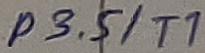
Text: P3.5/T1